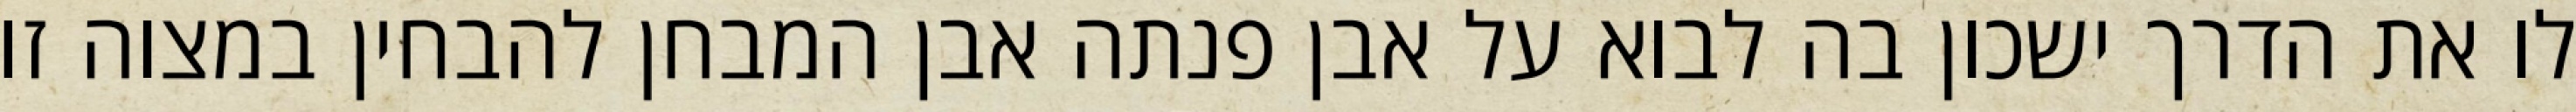
לו את הדרך ישכון בה לבוא על אבן פנתה אבן המבחן להבחין במצוה זו